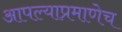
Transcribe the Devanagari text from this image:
आपल्याप्रमाणेच